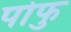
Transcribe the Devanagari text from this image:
पोफु